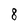
Character: 8